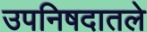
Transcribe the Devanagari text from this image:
उपनिषदातले